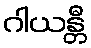
ဂါယန္တီ